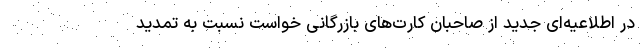
در اطلاعیه‌ای جدید از صاحبان کارت‌های بازرگانی خواست نسبت به تمدید